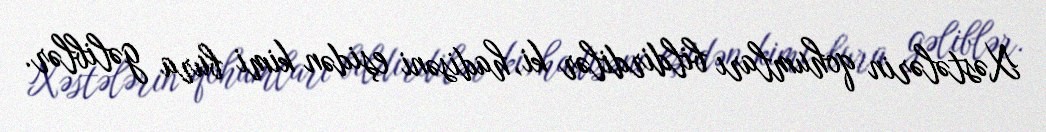
Xəstələrin qohumları bildirdilər ki, hadisəni eşidən kimi bura gəliblər.